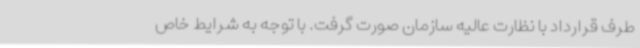
طرف قرارداد با نظارت عالیه سازمان صورت گرفت. با توجه به شرایط خاص